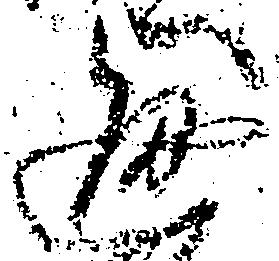
通